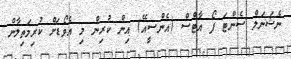
ނެޝަނަލް ސެންޓަ ފޯ އާޓްސް (އެންސީއޭ) އިން ކުރިން މި އެވޯޑަށް ކުރިމަތިލާން